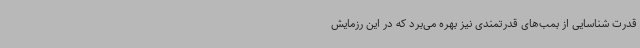
قدرت شناسایی از بمب‌های قدرتمندی نیز بهره می‌برد که در این رزمایش